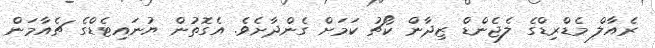
ރެއާލް މެޑްރިޑްގެ ލެޖެންޑް ޒިދާން ކޯޗު ކަމަށް ގެންދާށެވެ. އެގޮތުން ޔުނައިޓެޑްގެ ޗެއާމަން